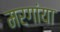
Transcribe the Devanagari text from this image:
मरगांया